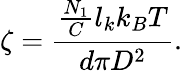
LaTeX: \zeta=\frac{\frac{N_{1}}{C}l_{k}k_{B}T}{d\pi D^{2}}.